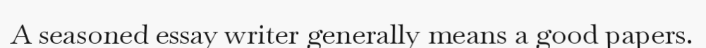
A seasoned essay writer generally means a good papers.